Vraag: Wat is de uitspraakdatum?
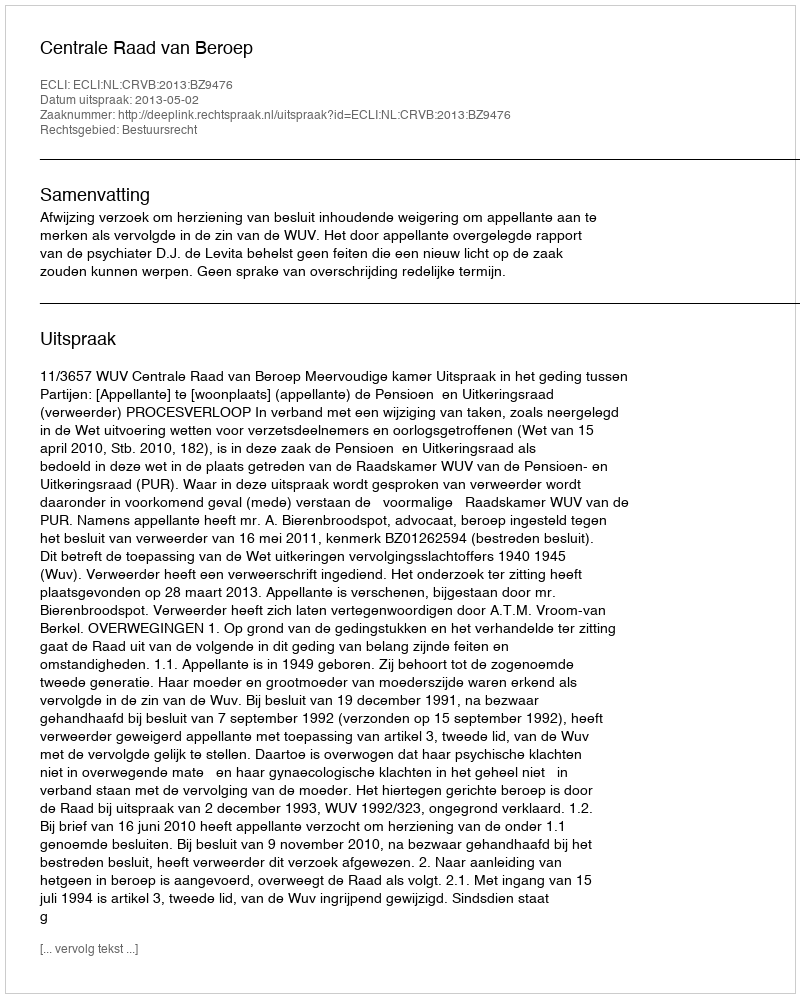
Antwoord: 2013-05-02